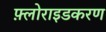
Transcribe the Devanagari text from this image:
फ़्लोराइडकरण